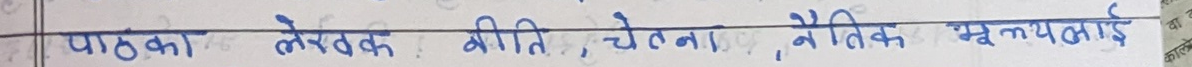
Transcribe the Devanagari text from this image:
पाठका लेखक, रीति, चेतना, नैतिक, मूल्यलाई